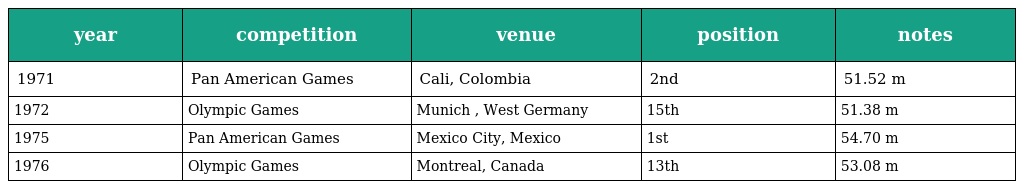
| year | competition | venue | position | notes |
 | --- | --- | --- | --- | --- |
 | 1971 | Pan American Games | Cali, Colombia | 2nd | 51.52 m |
 | 1972 | Olympic Games | Munich , West Germany | 15th | 51.38 m |
 | 1975 | Pan American Games | Mexico City, Mexico | 1st | 54.70 m |
 | 1976 | Olympic Games | Montreal, Canada | 13th | 53.08 m |